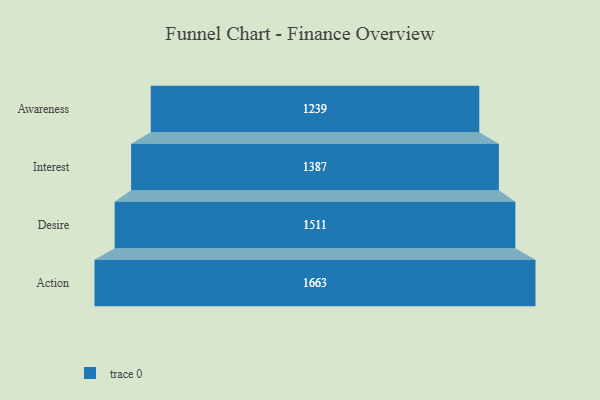
{"axis": {"x": "Stage", "y": "Value"}, "legend": [""], "data": [{"x": "Awareness", "y": 1239.0, "type": ""}, {"x": "Interest", "y": 1387.0, "type": ""}, {"x": "Desire", "y": 1511.0, "type": ""}, {"x": "Action", "y": 1663.0, "type": ""}]}